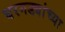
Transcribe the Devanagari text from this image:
घरगड्यांच्या